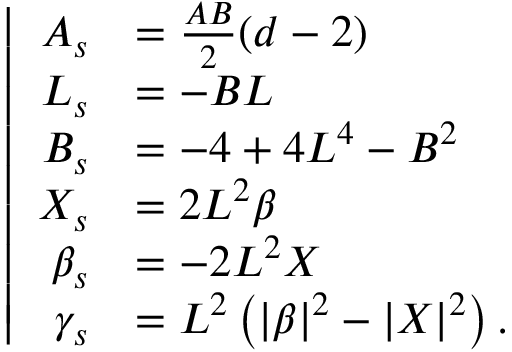
\left| \begin{array} { r l } { A _ { s } } & { = \frac { A B } { 2 } ( d - 2 ) } \\ { L _ { s } } & { = - B L } \\ { B _ { s } } & { = - 4 + 4 L ^ { 4 } - B ^ { 2 } } \\ { X _ { s } } & { = 2 L ^ { 2 } \beta } \\ { \beta _ { s } } & { = - 2 L ^ { 2 } X } \\ { \gamma _ { s } } & { = L ^ { 2 } \left( | \beta | ^ { 2 } - | X | ^ { 2 } \right) . } \end{array} \right.